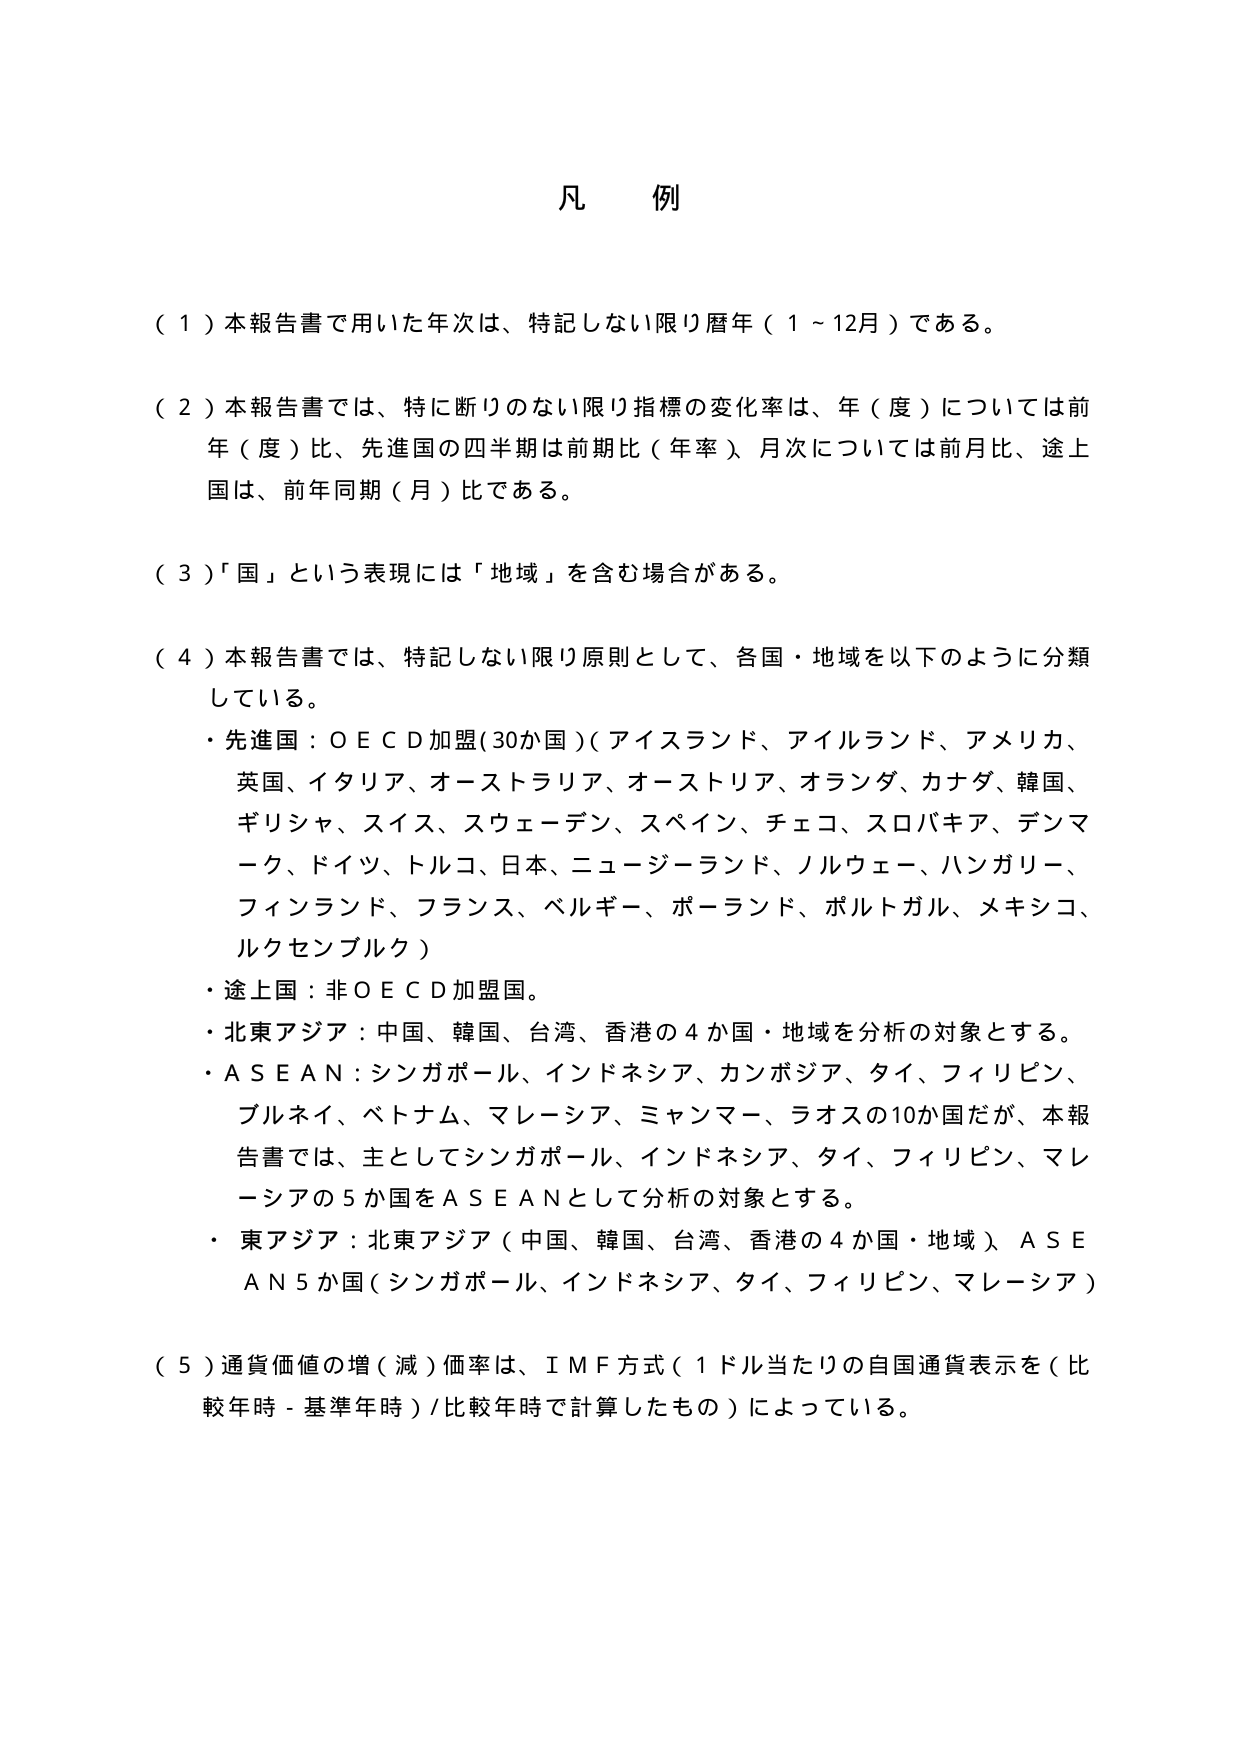
凡例

（１）本報告書で用いた年次は、特記しない限り暦年（１～12月）である。

（２）本報告書では、特に断りのない限り指標の変化率は、年（度）については前年（度）比、先進国の四半期は前期比（年率）、月次については前月比、途上国は、前年同期（月）比である。

（３）「国」という表現には「地域」を含む場合がある。

（４）本報告書では、特記しない限り原則として、各国・地域を以下のように分類している。
・先進国：ＯＥＣＤ加盟（30か国）（アイスランド、アイルランド、アメリカ、英国、イタリア、オーストラリア、オーストリア、オランダ、カナダ、韓国、ギリシャ、スイス、スウェーデン、スペイン、チェコ、スロバキア、デンマーク、ドイツ、トルコ、日本、ニュージーランド、ノルウェー、ハンガリー、フィンランド、フランス、ベルギー、ポーランド、ポルトガル、メキシコ、ルクセンブルク）
・途上国：非ＯＥＣＤ加盟国。
・北東アジア：中国、韓国、台湾、香港の４か国・地域を分析の対象とする。
・ＡＳＥＡＮ：シンガポール、インドネシア、カンボジア、タイ、フィリピン、ブルネイ、ベトナム、マレーシア、ミャンマー、ラオスの10か国だが、本報告書では、主としてシンガポール、インドネシア、タイ、フィリピン、マレーシアの５か国をＡＳＥＡＮとして分析の対象とする。
・東アジア：北東アジア（中国、韓国、台湾、香港の４か国・地域）、ＡＳＥＡＮ５か国（シンガポール、インドネシア、タイ、フィリピン、マレーシア）

（５）通貨価値の増（減）価率は、ＩＭＦ方式（１ドル当たりの自国通貨表示を（比較年時－基準年時）／比較年時で計算したもの）によっている。